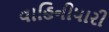
વાહિનીધારી